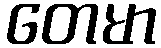
တေမာ